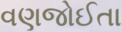
વણજોઈતા